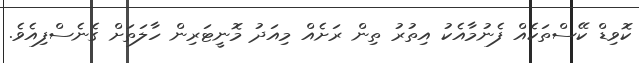
ކޮވިޑް ކޭސްތަކެއް ފެނުމާއެކު އިތުރު ތިން ރަށެއް މިއަދު މޮނީޓަރިން ހާލަތަށް ގެނެސްފިއެވެ.